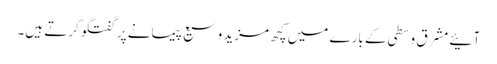
آئیے مشرق وسطی کے بارے میں کچھ مزید وسیع پیمانے پر گفتگو کرتے ہیں۔